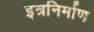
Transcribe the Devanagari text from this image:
इत्रनिर्माण